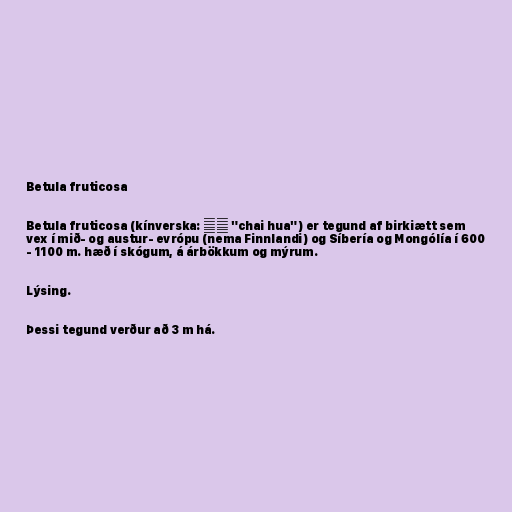
Betula fruticosa

Betula fruticosa (kínverska: 柴桦 "chai hua") er tegund af birkiætt sem
vex í mið- og austur- evrópu (nema Finnlandi) og Síbería og Mongólía í 600
- 1100 m. hæð í skógum, á árbökkum og mýrum.

Lýsing.

Þessi tegund verður að 3 m há.